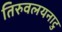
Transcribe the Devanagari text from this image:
तिरुवलयनाटु